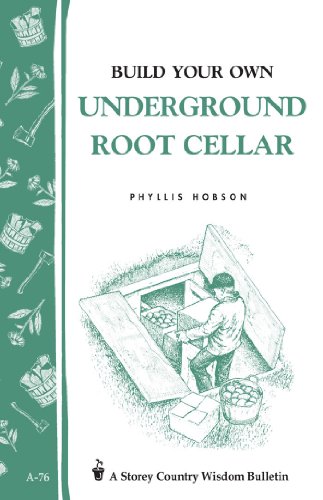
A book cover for Build Your Own underground Root Cellar; Phyllis Hobson; Cookbooks, Food & Wine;